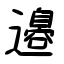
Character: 邉